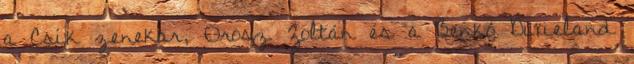
a Csík zenekar, Orosz Zoltán és a Benkó Dixieland